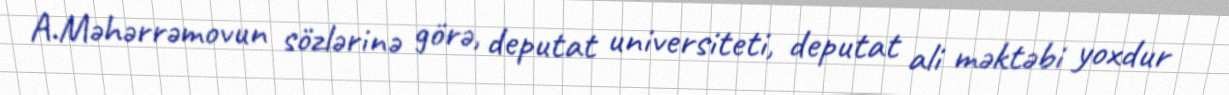
A.Məhərrəmovun sözlərinə görə, deputat universiteti, deputat ali məktəbi yoxdur